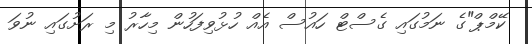
ކޭމްޕް"ގެ ނަމުގައި ގެސްޓް ހައުސް އެއް ހުޅުވިފަހުން މިހާރު މި ރަށުގައި ނުވަ